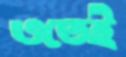
ওতেই